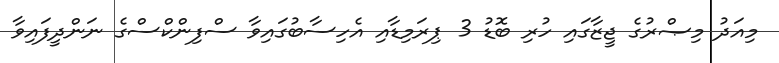
މިއަދު މިޞްރުގެ ޖީޒާގައި ހުރި ބޮޑު 3 ޕިރަމިޑާއި އެހިސާބުގައިވާ ސްފިންކްސްގެ ނަންދީފައިވާ